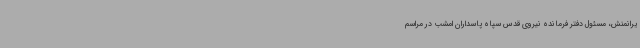
یرانمنش، مسئول دفتر فرمانده نیروی قدس سپاه پاسداران امشب در مراسم